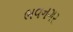
ભવનગર